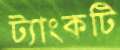
ট্যাংকটি